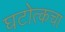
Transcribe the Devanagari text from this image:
घटोत्कचा